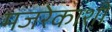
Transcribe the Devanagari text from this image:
मजरेकाशी